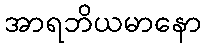
အာရဘိယမာနော